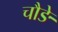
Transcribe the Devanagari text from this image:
चौङे